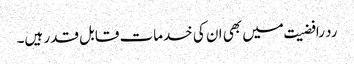
رد رافضیت میں بھی ان کی خدمات قابل قدر ہیں۔